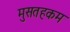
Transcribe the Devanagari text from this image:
मुसतहकम